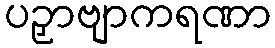
ပဉှာဗျာကရဏာ